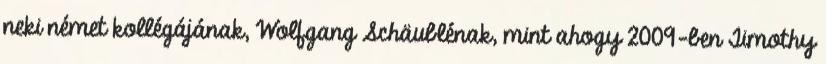
neki német kollégájának, Wolfgang Schäublénak, mint ahogy 2009-ben Timothy